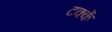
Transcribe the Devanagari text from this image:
टक्कें